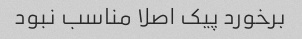
برخورد پیک اصلا مناسب نبود